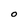
Character: O